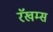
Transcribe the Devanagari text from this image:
रॅखम्स